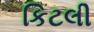
કિટલી